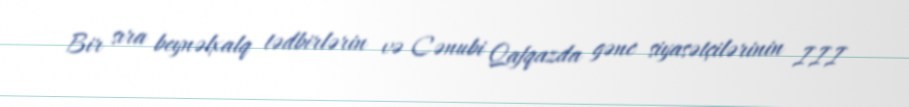
Bir sıra beynəlxalq tədbirlərin və Cənubi Qafqazda gənc siyasətçilərinin III